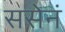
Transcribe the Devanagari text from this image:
ससेनं